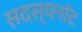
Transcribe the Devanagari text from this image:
सदस्यनॉट